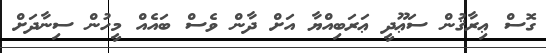
ގޮސް ޢިރާޤުން ސަޢޫދީ ޢަރަބިއްޔާ އަށް ދާން ވެސް ބައެއް މީހުން ސިނާދަށް